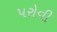
પરોવી